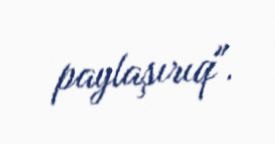
paylaşırıq".